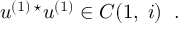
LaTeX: u ^ { ( 1 ) \; \star } u ^ { ( 1 ) } \in { \cal C } ( 1 , \; i ) \; \; .